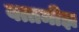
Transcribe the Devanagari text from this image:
बत्तमीझ